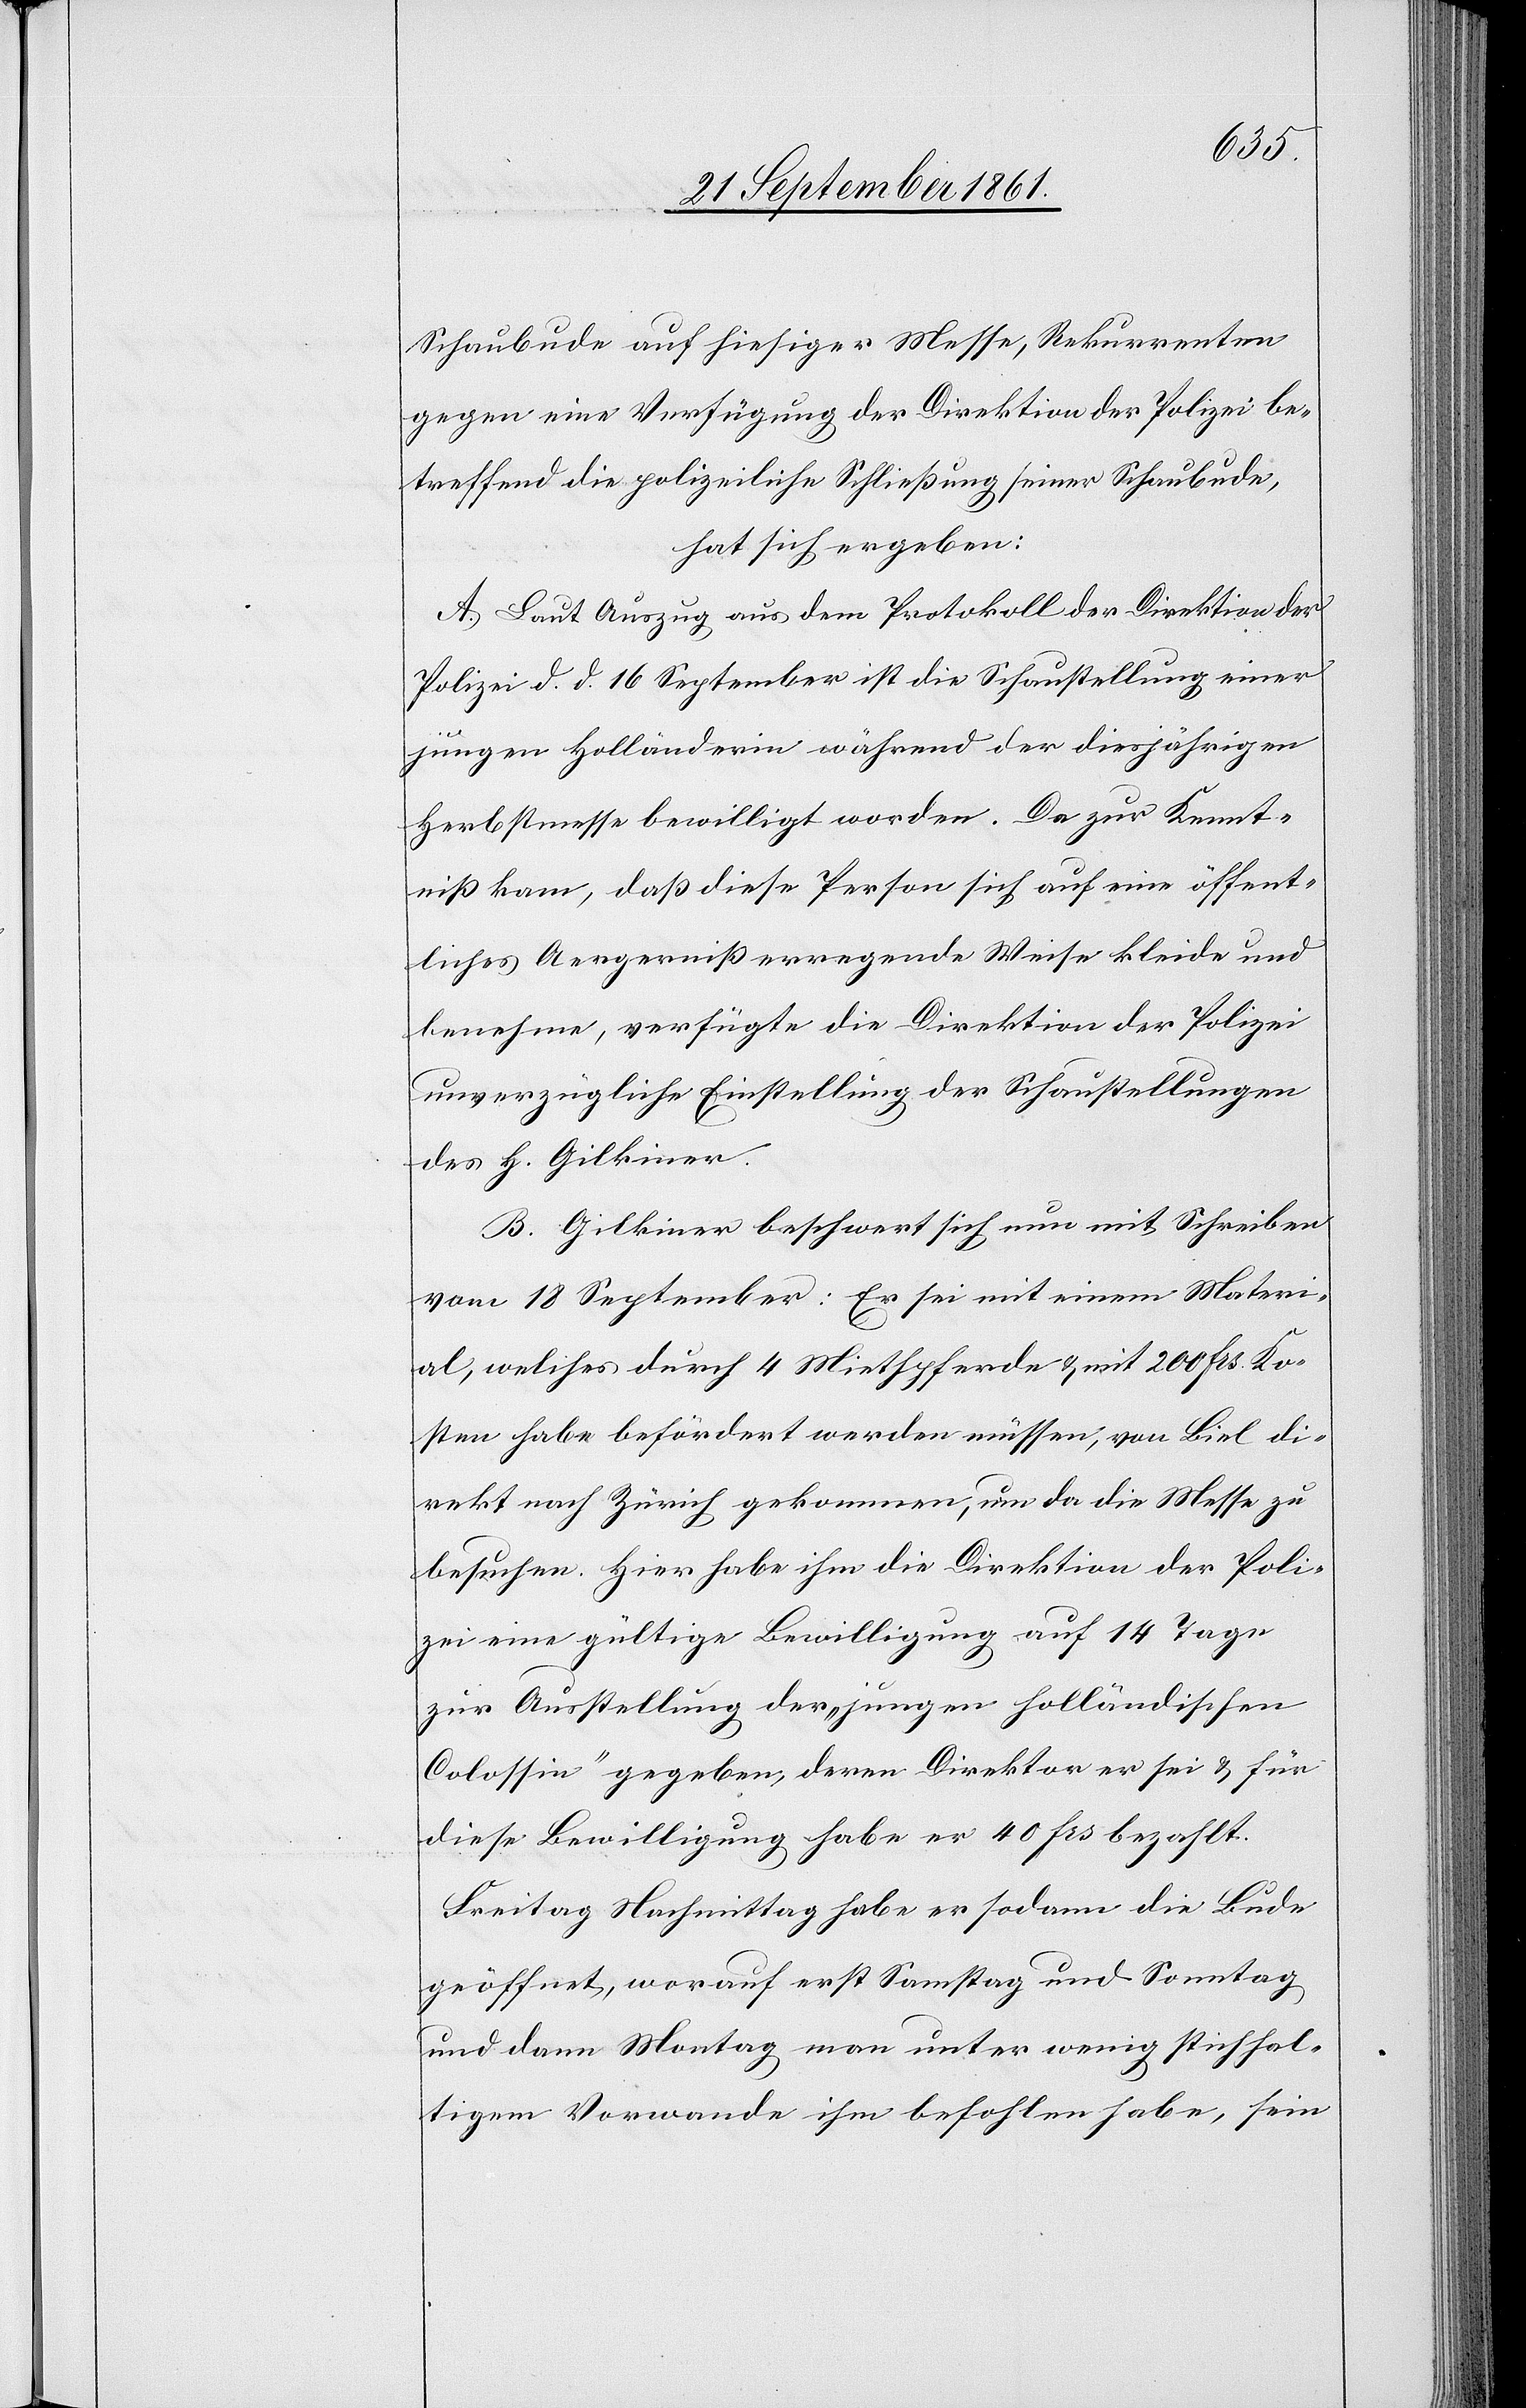
Schaubude auf hiesiger Messe, Rekurrenten
gegen eine Verfügung der Direktion der Polizei be¬
treffend die polizeiliche Schließung seiner Schaubude,
hat sich ergeben:
A. Laut Auszug aus dem Protokoll der Direktion der
Polizei d. d. 16 September ist die Schaustellung einer
jungen Holländerin während der diesjährigen
Herbstmesse bewilligt worden. Da zur Kennt¬
niß kam, daß diese Person sich auf eine öffent¬
liches Aergerniß erregende Weise kleide und
benehme, verfügte die Direktion der Polizei
unverzügliche Einstellung der Schaustellungen
des H. Gilkiner.
B. Gilkiner beschwert sich nun mit Schreiben
vom 18 September: Er sei mit einem Materi¬
al, welches durch 4 Miethpferde u. mit 200 frs. Ko¬
sten habe befördert werden müssen, von Biel di¬
rekt nach Zürich gekommen, um da die Messe zu
besuchen. Hier habe ihm die Direktion der Poli¬
zei eine gültige Bewilligung auf 14 Tage
zur Ausstellung der „jungen holländischen
Colossin“ gegeben, deren Direktor er sei u. für
diese Bewilligung habe er 40 frs bezahlt.
Freitag Nachmittag habe er sodann die Bude
geöffnet, worauf erst Samstag und Sonntag
und dann Montag man unter wenig stichhal¬
tigem Vorwande ihm befohlen habe, sein